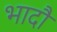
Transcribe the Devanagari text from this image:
भादौ